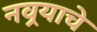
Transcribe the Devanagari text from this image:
नवर्‍याचे